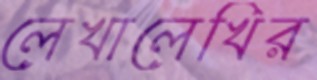
লেখালেখির